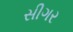
સીગર